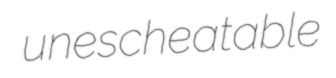
unescheatable